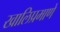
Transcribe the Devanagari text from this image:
खालिप्रमाणे